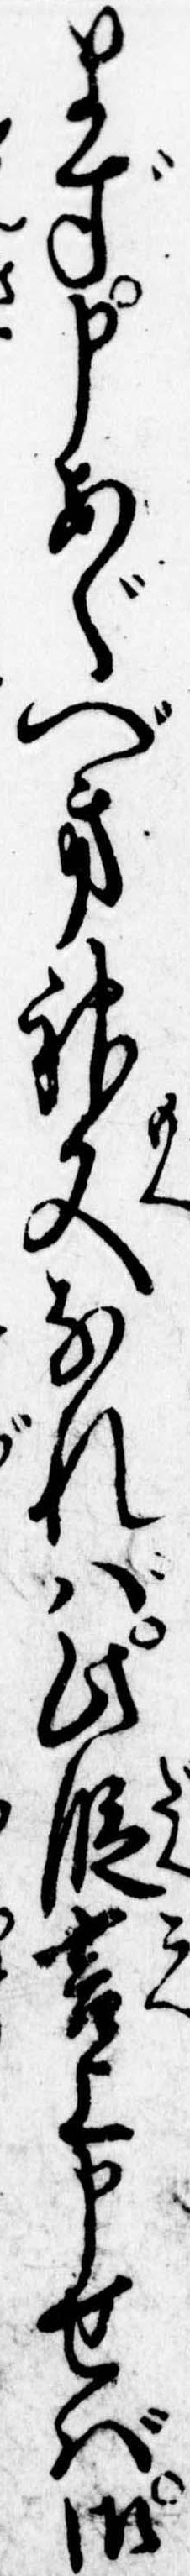
まず申あぐべき神文なれば此段言上申せば御